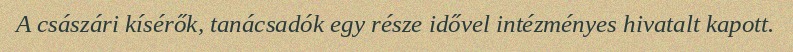
A császári kísérők, tanácsadók egy része idővel intézményes hivatalt kapott.